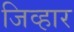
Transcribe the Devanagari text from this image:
जिव्हार